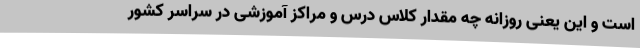
است و این یعنی روزانه چه مقدار کلاس درس و مراکز آموزشی در سراسر کشور